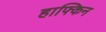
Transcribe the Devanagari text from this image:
हाफ्किन